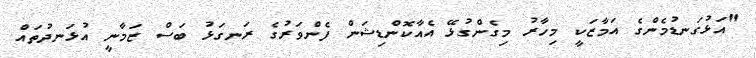
"އަޅުގަނޑުމެންގެ އަމާޒަކީ މިހާރު މިގެންގުޅޭ އެއާކޮންޑިޝަން ފެންވަރުގެ ރަނގަޅު ބަސް ޒަމާނީ އުޅަނދުތައް